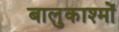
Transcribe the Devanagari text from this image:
बालुकाश्मों